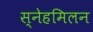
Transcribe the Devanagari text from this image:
स्नेहमिलन